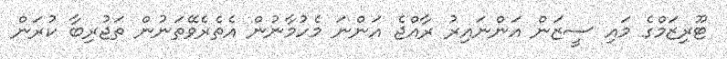
ޓޫރިޒަމްގެ މައި ސީޒަން އަންނައިރު ރާއްޖެ އަންނަ މެހުމާނުން އެތެރެވޭތަނުން ތަޖުރިބާ ކުރަން